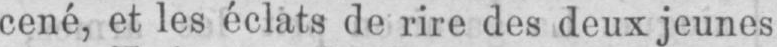
cené, et les éclats de rire des deux jeunes